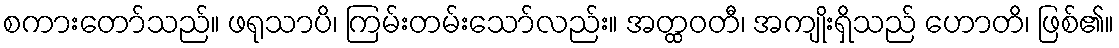
စကားတော်သည်။ ဖရုသာပိ၊ ကြမ်းတမ်းသော်လည်း။ အတ္ထဝတီ၊ အကျိုးရှိသည် ဟောတိ၊ ဖြစ်၏။